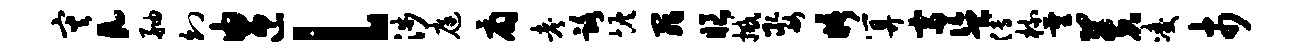
灾a舳幻由匝l涉庭扇考路恢罪眼撼娶晤算富盗傅梳量芙凌市